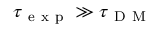
\tau _ { \mathrm { ~ e ~ x ~ p ~ } } \gg \tau _ { \mathrm { ~ D ~ M ~ } }